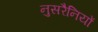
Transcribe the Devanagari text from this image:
नुसरैनियों